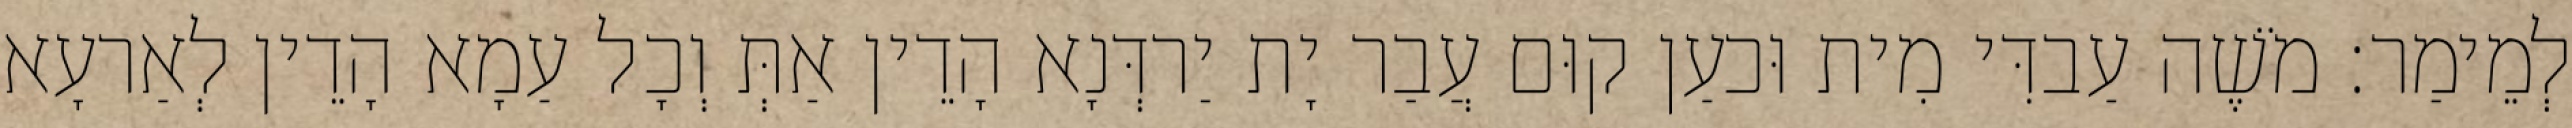
לְמֵימַר׃ מֹשֶׁה עַבדִּי מִית וּכעַן קוּם עֲבַר יָת יַרדְּנָא הָדֵין אַתְּ וְכָל עַמָא הָדֵין לְאַרעָא